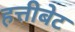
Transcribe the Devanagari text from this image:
हत्तीबेट